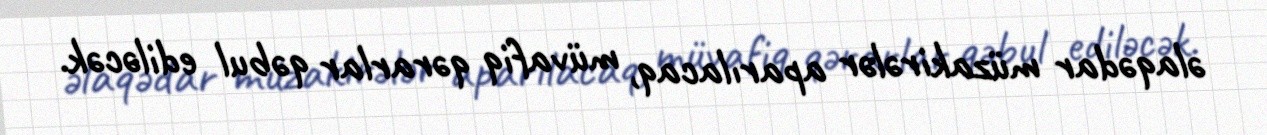
əlaqədar müzakirələr aparılacaq, müvafiq qərarlar qəbul ediləcək.